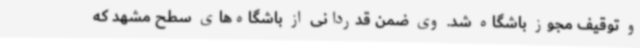
و توقیف مجوز باشگاه شد. وی ضمن قدردانی از باشگاه‌های سطح مشهد که